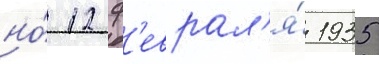
но́ 12 ф'еврал'я́ 1935